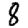
Digit: 8